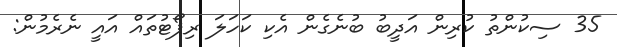
35 ސިކުންތު ކުރިން އަދީބު ބުނެގެން އެކި ކަހަލަ ރިޕޯޓުތައް އައީ ނެރެމުން: